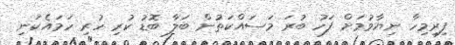
ފިރިމިހާ ނިޔާވުމަށް ފަހު ބުރަ މަސައްކަތުން ބަލާ ބޮޑު ކުރި ހުރި ހަމައެކަނި